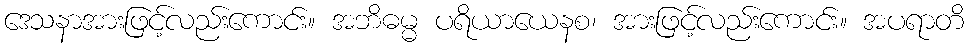
ဒေသနာအားဖြင့်လည်းကောင်း။ အဘိဓမ္မ ပရိယာယေနစ၊ အားဖြင့်လည်းကောင်း။ အပရာတိ